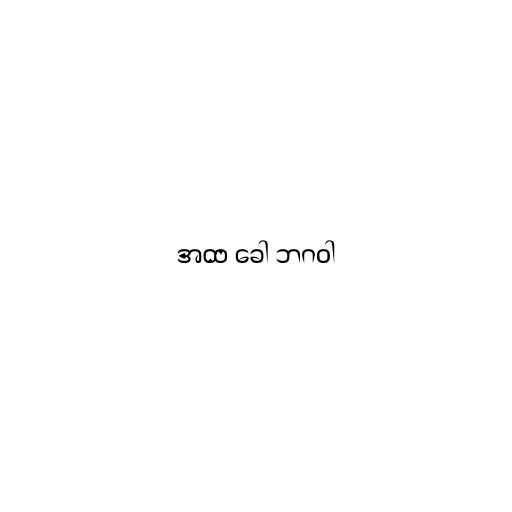
အထ ခေါ ဘဂဝါ